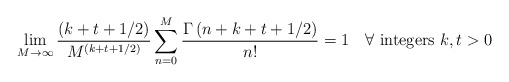
\begin{align*}\lim_{M \rightarrow \infty} {(k+t+ 1/2) \over M^{(k+t+ 1/2)}}\sum_{n=0}^{M} { \Gamma \left( n+k+t+ 1/2 \right) \over n!} = 1\quad\forall \ {\rm integers} \ k, t > 0\end{align*}